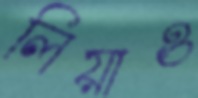
লিয়াও